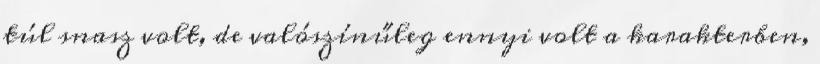
túl snasz volt, de valószínűleg ennyi volt a karakterben,